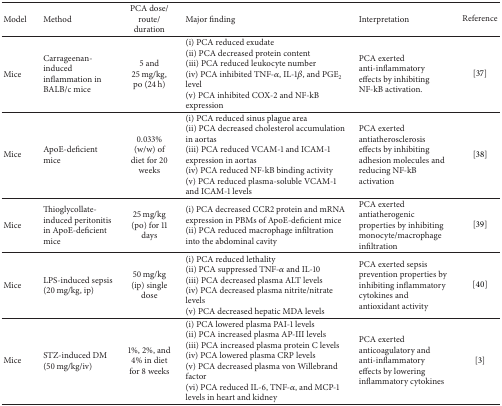
<table><thead><tr><td><b>Model</b></td><td><b>Method</b></td><td><b>PCA dose/route/duration</b></td><td><b>Major finding</b></td><td><b>Interpretation</b></td><td><b>Reference</b></td></tr></thead><tbody><tr><td>Mice</td><td>Carrageenan-induced inflammation in BALB/c mice</td><td>5 and 25 mg/kg, po (24 h)</td><td>(i) PCA reduced exudate(ii) PCA decreased protein content (iii) PCA reduced leukocyte number(iv) PCA inhibited TNF-<i>α</i>, IL-1<i>β</i>, and PGE<sub>2</sub> level(v) PCA inhibited COX-2 and NF-kB expression</td><td>PCA exerted anti-inflammatory effects by inhibiting NF-kB activation.</td><td>[37]</td></tr><tr><td>Mice</td><td>ApoE-deficient mice</td><td>0.033% (w/w) of diet for 20 weeks</td><td>(i) PCA reduced sinus plague area(ii) PCA decreased cholesterol accumulation in aortas(iii) PCA reduced VCAM-1 and ICAM-1 expression in aortas(iv) PCA reduced NF-kB binding activity(v) PCA reduced plasma-soluble VCAM-1 and ICAM-1 levels</td><td>PCA exerted antiatherosclerosis effects by inhibiting adhesion molecules and reducing NF-kB activation</td><td>[38]</td></tr><tr><td>Mice</td><td>Thioglycollate-induced peritonitis in ApoE-deficient mice</td><td>25 mg/kg (po) for 11 days</td><td>(i) PCA decreased CCR2 protein and mRNA expression in PBMs of ApoE-deficient mice(ii) PCA reduced macrophage infiltration into the abdominal cavity</td><td>PCA exerted antiatherogenic properties by inhibiting monocyte/macrophage infiltration</td><td>[39]</td></tr><tr><td>Mice</td><td>LPS-induced sepsis (20 mg/kg, ip)</td><td>50 mg/kg (ip) single dose</td><td>(i) PCA reduced lethality (ii) PCA suppressed TNF-<i>α</i> and IL-10 (iii) PCA decreased plasma ALT levels(iv) PCA decreased plasma nitrite/nitrate levels(v) PCA decreased hepatic MDA levels</td><td>PCA exerted sepsis prevention properties by inhibiting inflammatory cytokines and antioxidant activity </td><td>[40]</td></tr><tr><td>Mice</td><td>STZ-induced DM(50 mg/kg/iv)</td><td>1%, 2%, and 4% in diet for 8 weeks</td><td>(i) PCA lowered plasma PAI-1 levels(ii) PCA increased plasma AP-III levels(iii) PCA increased plasma protein C levels(iv) PCA lowered plasma CRP levels(v) PCA decreased plasma von Willebrand factor (vi) PCA reduced IL-6, TNF-<i>α</i>, and MCP-1 levels in heart and kidney</td><td>PCA exerted anticoagulatory and anti-inflammatory effects by lowering inflammatory cytokines</td><td>[3]</td></tr></tbody></table>